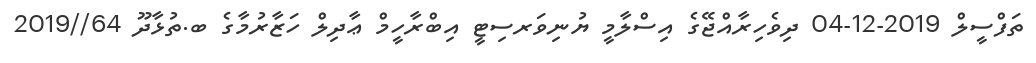
ތަފްސީލް 2019-12-04 ދިވެހިރާއްޖޭގެ އިސްލާމީ ޔުނިވަރސިޓީ އިބްރާހީމް ޢާދިލް ހަޒާރުމާގެ ބ.ތުޅާދޫ 64//2019